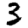
Digit: 3